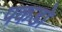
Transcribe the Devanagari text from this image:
पकडो